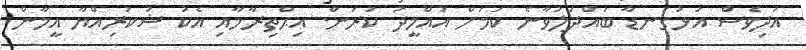
އަދިވެސް އަޅުގަނޑާ ބައްދަލުވާނެ ކަމަށް އުއްމީދު ކުރަން. އިޙްތިރާމާއި އެކު ޝުކުރިއްޔާ އީމާން